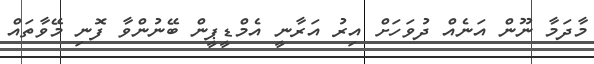
މާދަމާ ނޫން އަނެއް ދުވަހަށް އިރު އަރާނީ އެމްޑީޕީން ބޭނުންވާ ފޮނި މޭވާތައް